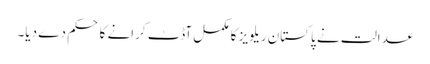
عدالت نے پاکستان ریلویز کا مکمل آڈٹ کرانے کا حکم دے دیا۔